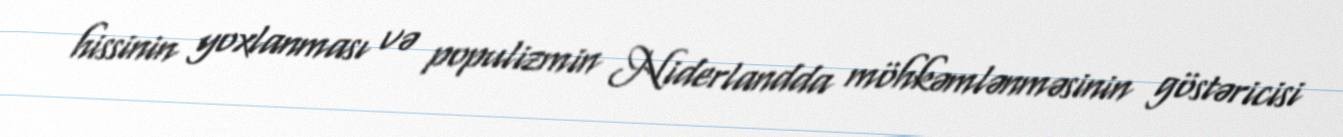
hissinin yoxlanması və populizmin Niderlandda möhkəmlənməsinin göstəricisi